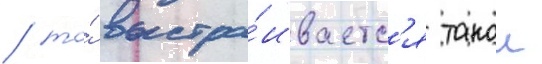
/ то́ выстра́иваетс'я такои